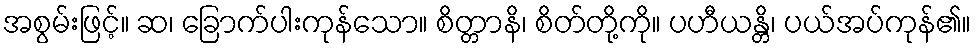
အစွမ်းဖြင့်။ ဆ၊ ခြောက်ပါးကုန်သော။ စိတ္တာနိ၊ စိတ်တို့ကို။ ပဟီယန္တိ၊ ပယ်အပ်ကုန်၏။